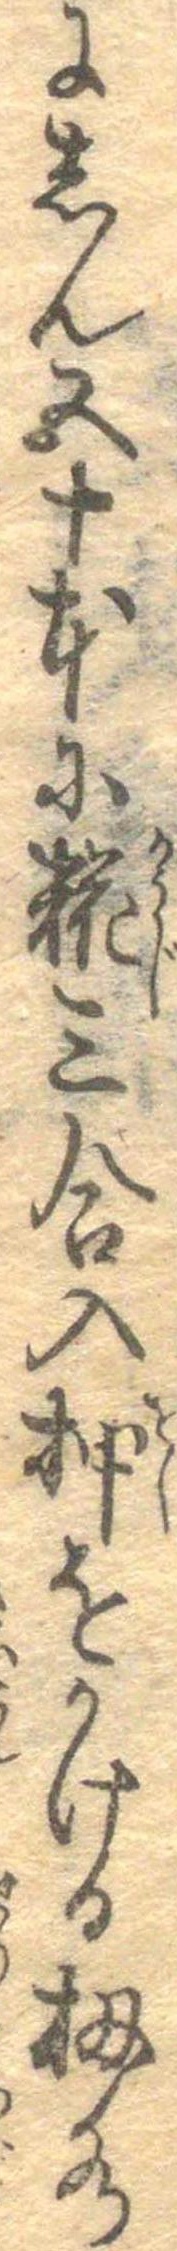
にしん五十本に糀三合入押をかける扨水